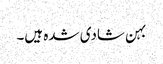
بہن شادی شدہ ہیں۔